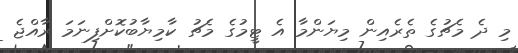
މި ދެ މެޗުގެ ތެރެއިން މިޔަންމާ އެ ޓީމުގެ މެޗު ކާމިޔާބުކޮށްފިނަމަ ރާއްޖެ